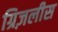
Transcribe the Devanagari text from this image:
ग्रिज़लीस